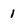
Character: 1